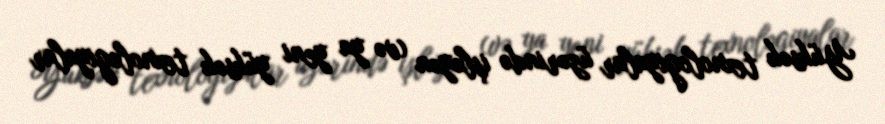
Yüksək texnologiyalar üzərində işləyən (və ya yeni yüksək texnologiyalar